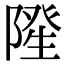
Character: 𮥓